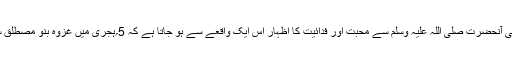
رئیس المنافقین عبداللہ بن اُبی کی دریدہ دہنی اور اس کے بیٹے حضرت عبداللہؓ کی آنحضرت صلی اللہ علیہ وسلم سے محبت اور فدائیت کا اظہار اس ایک واقعے سے ہو جاتا ہے کہ 5؍ہجری میں غزوۂ بنو مصطلق سے واپسی پر آنحضرت صلی اللہ علیہ وسلم نے چند دن مریسیع میں قیام فرمایا ۔